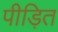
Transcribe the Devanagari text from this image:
पीड़ित